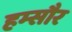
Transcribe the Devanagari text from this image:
हम्सौर